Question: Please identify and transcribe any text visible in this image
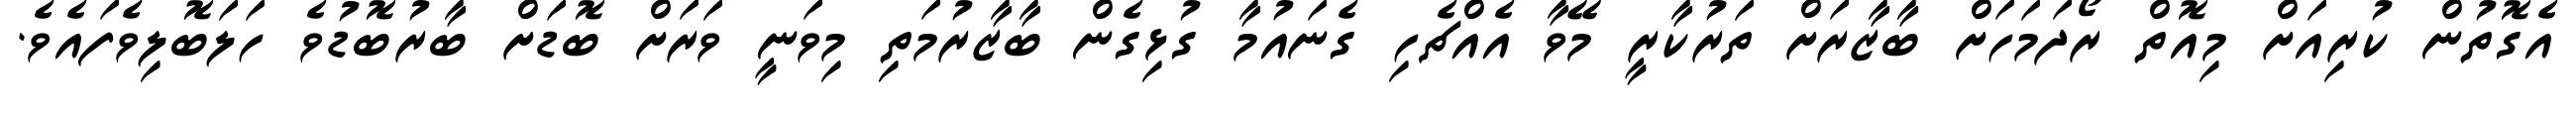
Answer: އެގޮތުން ކުރިއަށް މިއޮތް ރޯދަމަހަށް ބާޒާރަށް ތަރުކާރީ މޭވާ އެއްޗެހި ގެނައުމާ ގުޅިގެން ބާޒާރުމަތި މިވަނީ ވަރަށް ބޮޑަށް ބާރުބޮޑުވެ ހަލަބޮލިވެފައެވެ.